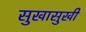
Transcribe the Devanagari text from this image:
सुखासुखी